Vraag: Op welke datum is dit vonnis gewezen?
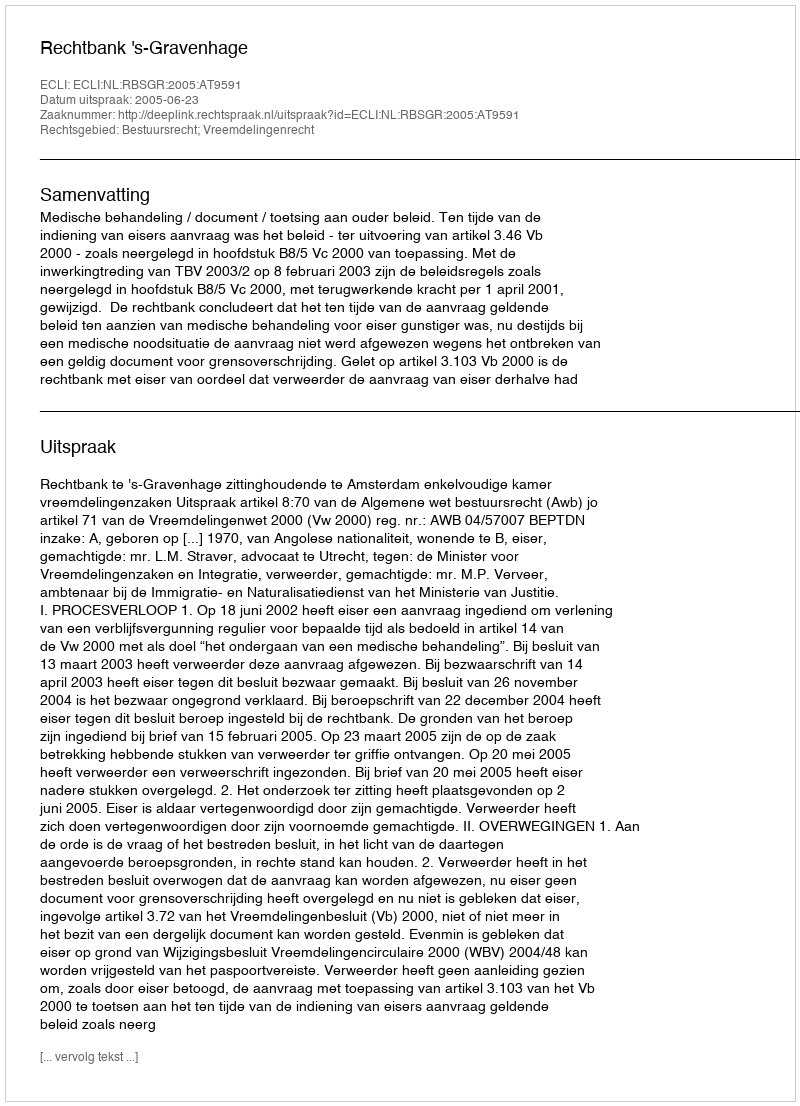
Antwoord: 2005-06-23